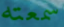
سمعته